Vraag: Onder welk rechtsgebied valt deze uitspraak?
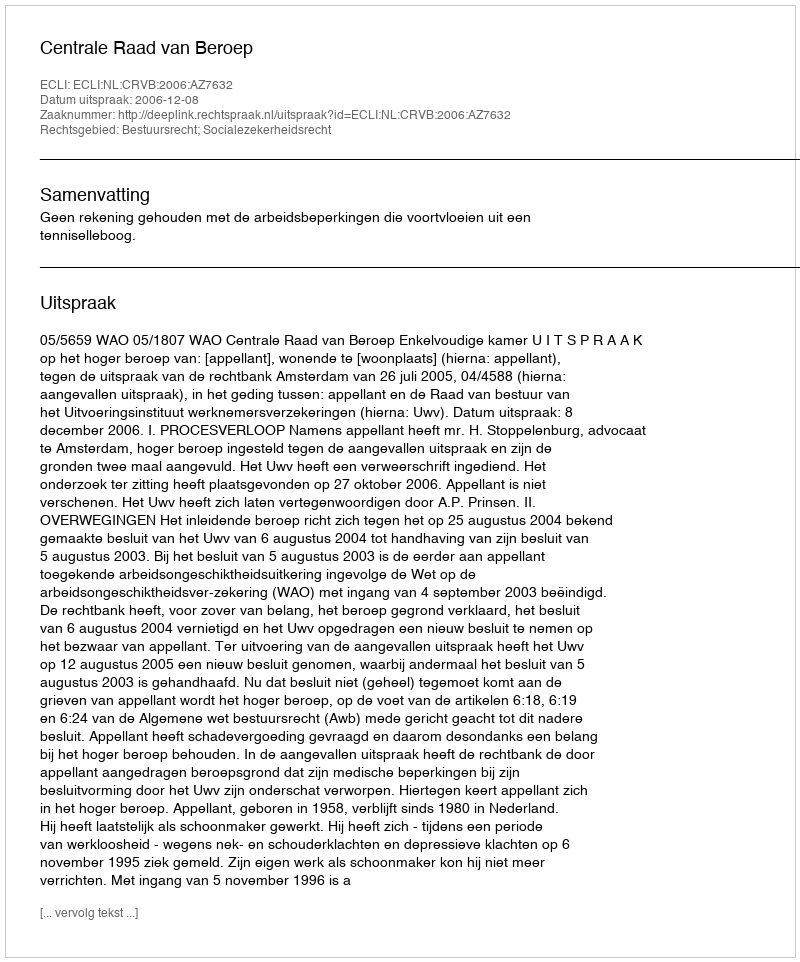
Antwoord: Bestuursrecht; Socialezekerheidsrecht